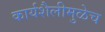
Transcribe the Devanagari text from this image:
कार्यशैलीमुळेच